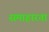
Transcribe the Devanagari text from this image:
समाहारता